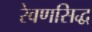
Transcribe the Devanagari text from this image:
रेवणसिद्ध